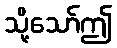
သို့သော်ဤ